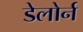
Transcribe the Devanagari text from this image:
डेलोर्न